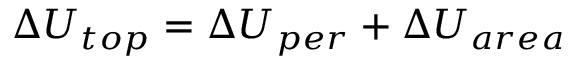
\Delta U _ { t o p } = \Delta U _ { p e r } + \Delta U _ { a r e a }